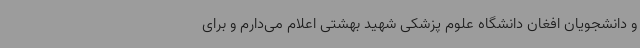
و دانشجویان افغان دانشگاه علوم پزشکی شهید بهشتی اعلام می‌دارم و برای